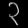
Digit: ၃